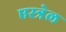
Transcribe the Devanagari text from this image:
एस्त्रेल